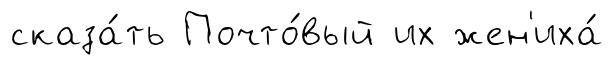
сказа́ть Почто́вый их жен'иха́